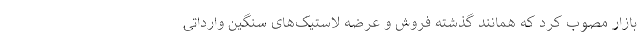
بازار مصوب کرد که همانند گذشته فروش و عرضه لاستیک‌های سنگین وارداتی